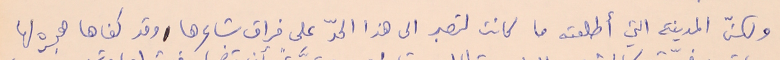
ولكنّ المدينة التي أطلعته ما كانت لتصبر الى هذا الحدّ على فراق شاعرها وقد كفاها هجره لها